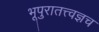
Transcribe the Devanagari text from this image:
भूपुरातत्त्वज्ञच